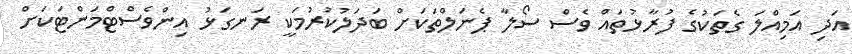
އަދި އަމިއްލަ ގެތަކުގެ ފުރާޅުތައް ވެސް ސޯލާ ޕެނަލްތަކަށް ބަދަލުކުރުމަކީ ރަނގަޅު އިންވެސްޓްމަންޓަކަށް